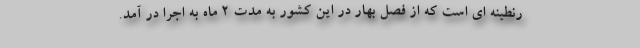
رنطینه ای است که از فصل بهار در این کشور به مدت 2 ماه به اجرا در آمد.